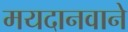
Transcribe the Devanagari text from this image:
मयदानवाने